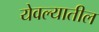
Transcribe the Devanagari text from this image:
येवल्यातील